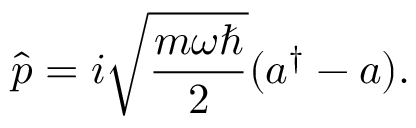
{ \hat { p } } = i { \sqrt { \frac { m \omega \hbar } { 2 } } } ( a ^ { \dagger } - a ) .